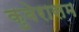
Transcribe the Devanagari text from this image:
कुबेरासम